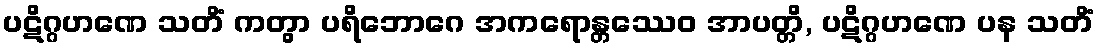
ပဋိဂ္ဂဟဏေ သတိံ ကတွာ ပရိဘောဂေ အကရောန္တဿေဝ အာပတ္တိ, ပဋိဂ္ဂဟဏေ ပန သတိံ